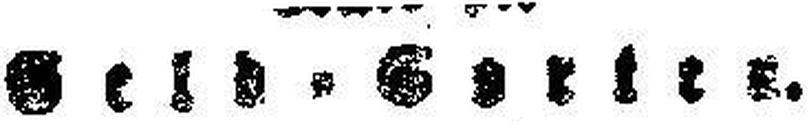
Geld=Sorter.